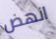
انهض